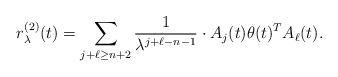
LaTeX: \begin{align*}r_{\lambda}^{(2)}(t) = \sum_{j+\ell \geq n+2} \frac{1}{\lambda^{j+\ell-n-1}} \cdot A_{j}(t) \theta(t)^{T} A_{\ell}(t). \end{align*}